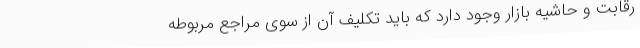
رقابت و حاشیه بازار وجود دارد که باید تکلیف آن از سوی مراجع مربوطه